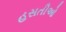
હસતીઓ